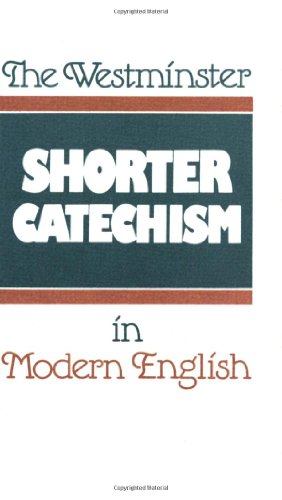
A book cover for The Westminster Shorter Catechism in Modern English; Douglas F. Kelly; Christian Books & Bibles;